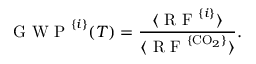
\mathrm { ~ G ~ W ~ P ~ } ^ { \{ i \} } ( T ) = \frac { \langle \mathrm { ~ R ~ F ~ } ^ { \{ i \} } \rangle } { \langle \mathrm { ~ R ~ F ~ } ^ { \{ \mathrm { C O } _ { 2 } \} } \rangle } .